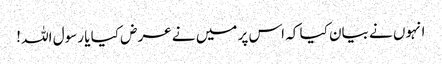
انہوں نے بیان کیا کہ اس پر میں نے عرض کیا یا رسول اللہ !